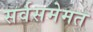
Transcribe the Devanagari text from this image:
सर्वसमेमत